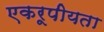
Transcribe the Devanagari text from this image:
एकरूपीयता